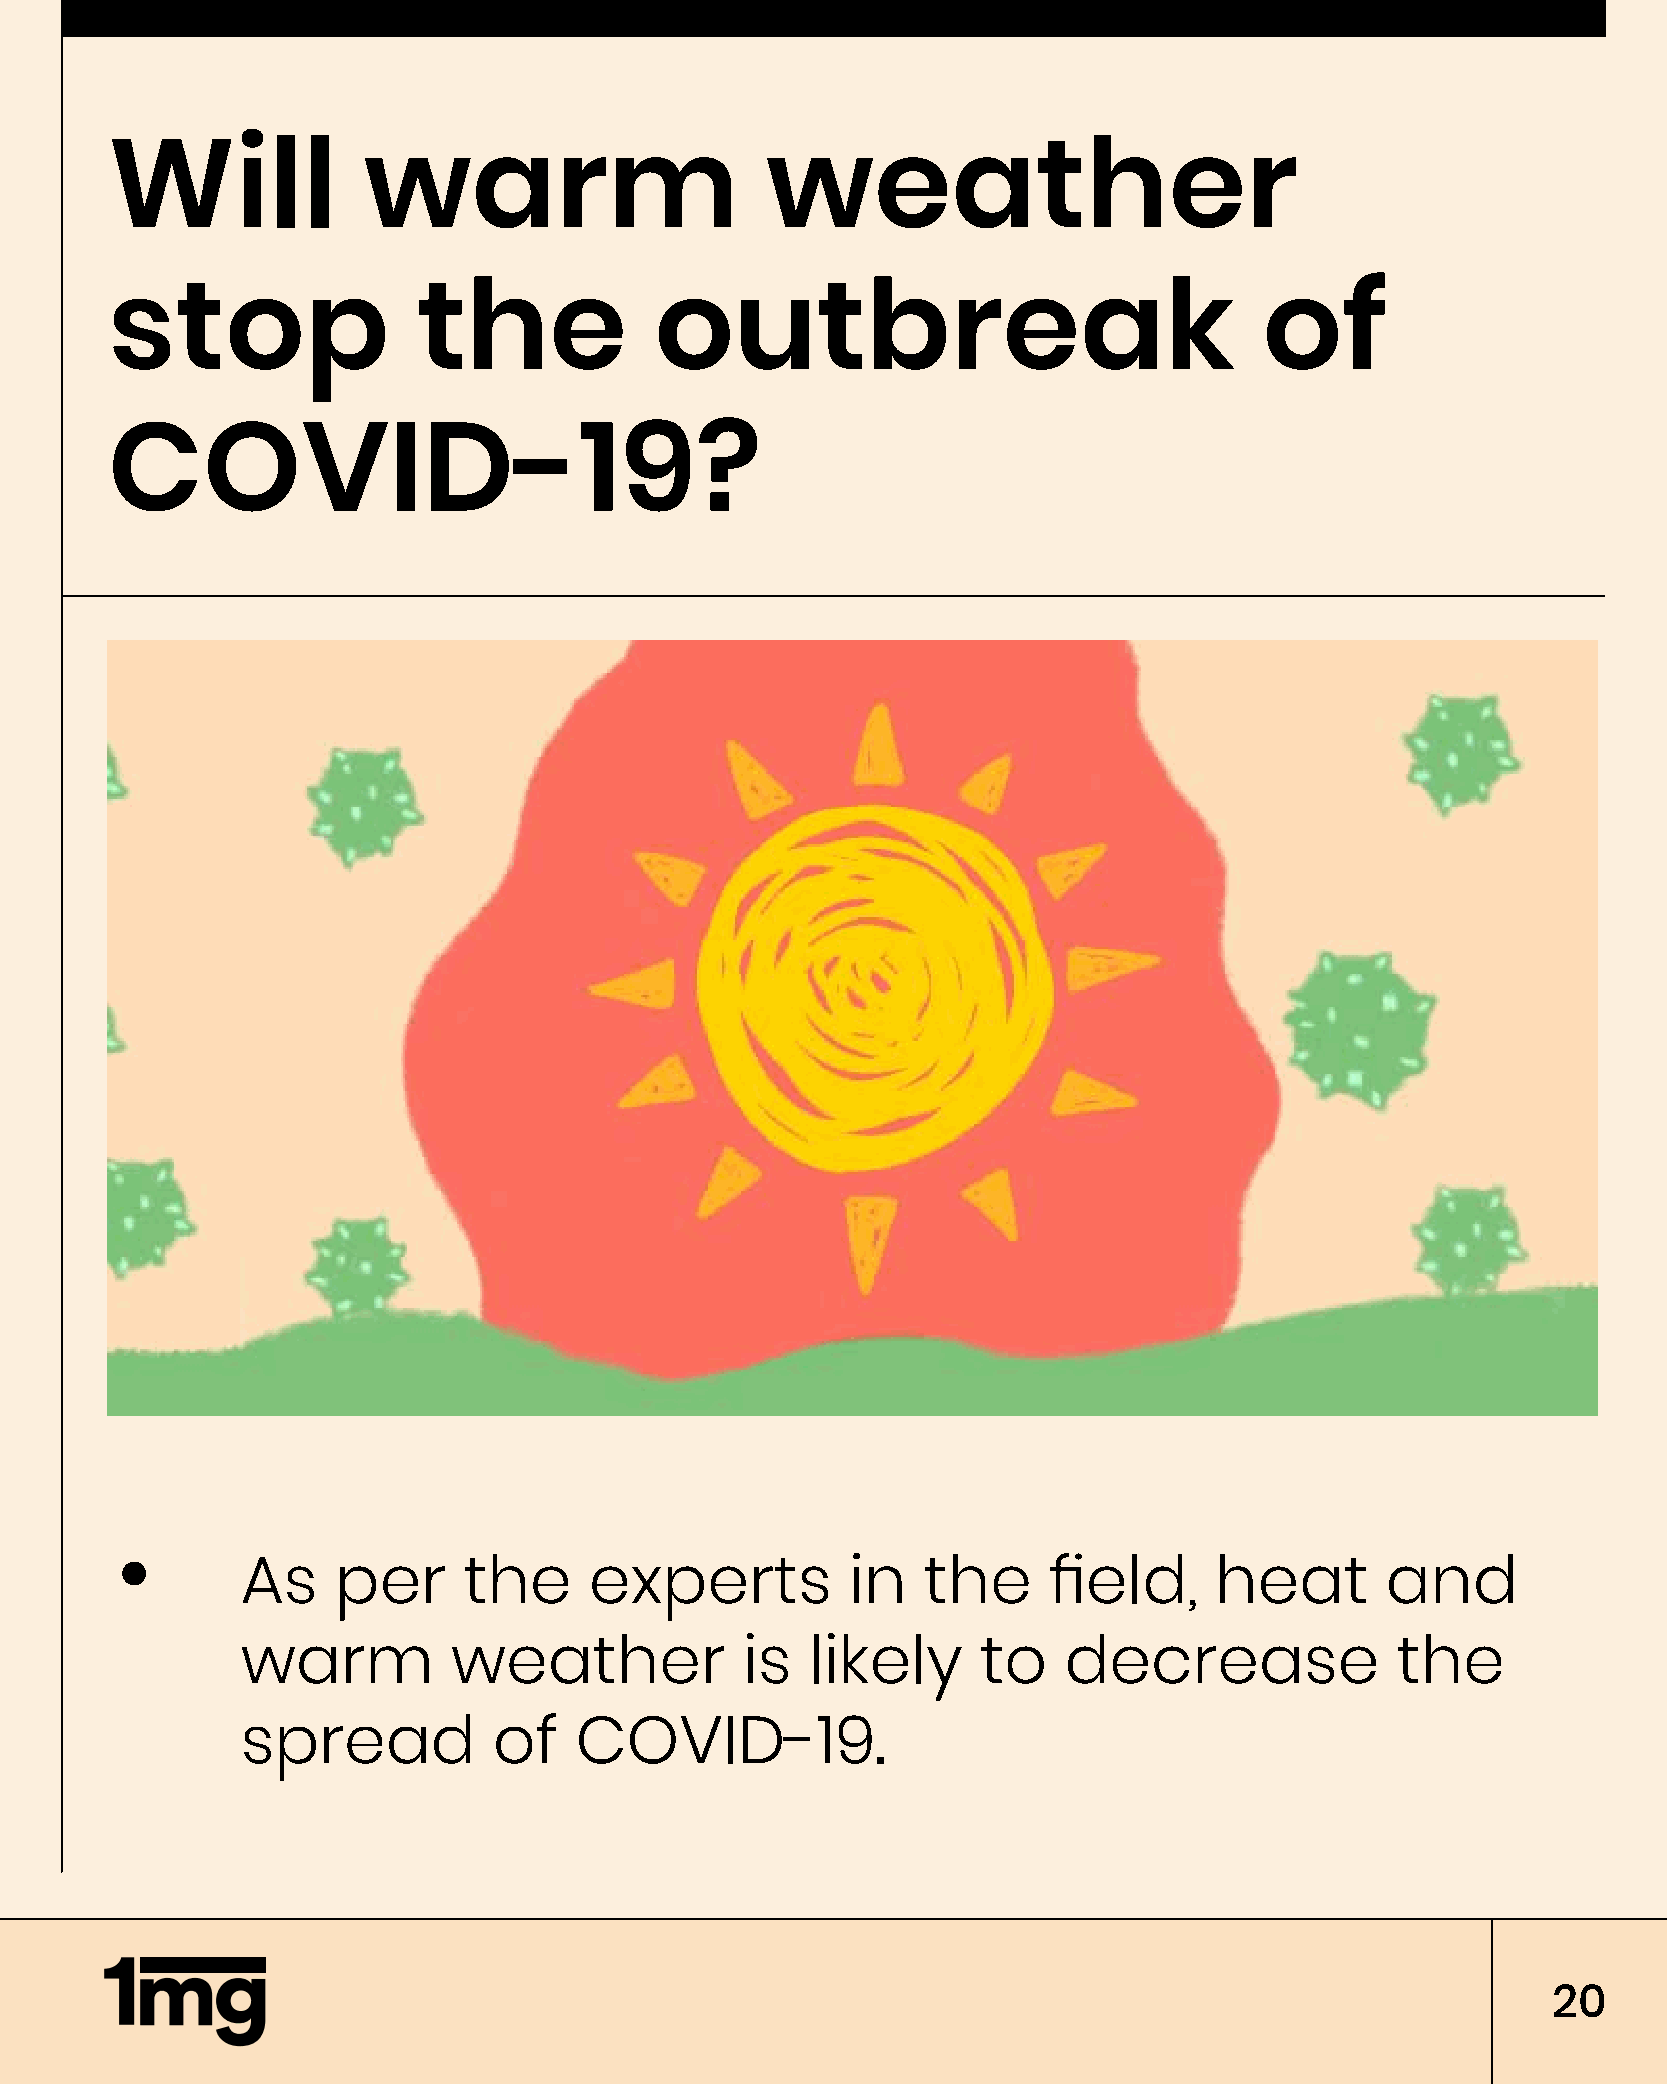
Will             warm                       weather
 stop                 the            outbreak                                 of
 COVID-19?
 As    per      the     experts          in   the     field,     heat        and
 warm          weather            is   likely     to   decrease              the
 spread           of   COVID-19.
 20